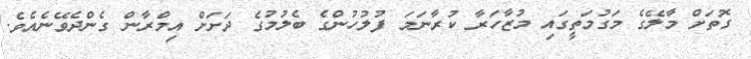
ގޮތަށް މާލޭގެ މަގުމަތީގައި މުޒާހަރާ ކުރާނަމަ ފުލުހުންގެ ބެލުމުގެ ދަށަށް އިމްރާން ގެންދެވޭނެއެވެ.